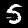
Label: 5